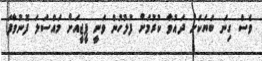
ވެސް ގިނަ ބަޔަކަށް ދައުވާ ކުރުމަށް ފުލުހުން ވަނީ ޕީޖީއަށް މައްސަލަ ފޮނުވާފަ